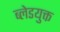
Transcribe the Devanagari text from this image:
ब्लेडयुक्त